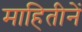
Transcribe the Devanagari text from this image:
माहितीनें